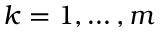
k = 1 , \ldots , m